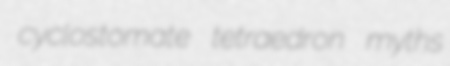
cyclostomate tetraedron myths